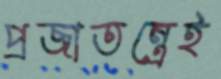
প্রজাতন্ত্রেই